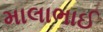
માલાભાઈ